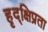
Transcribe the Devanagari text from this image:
हृद्‌क्षिप्रता